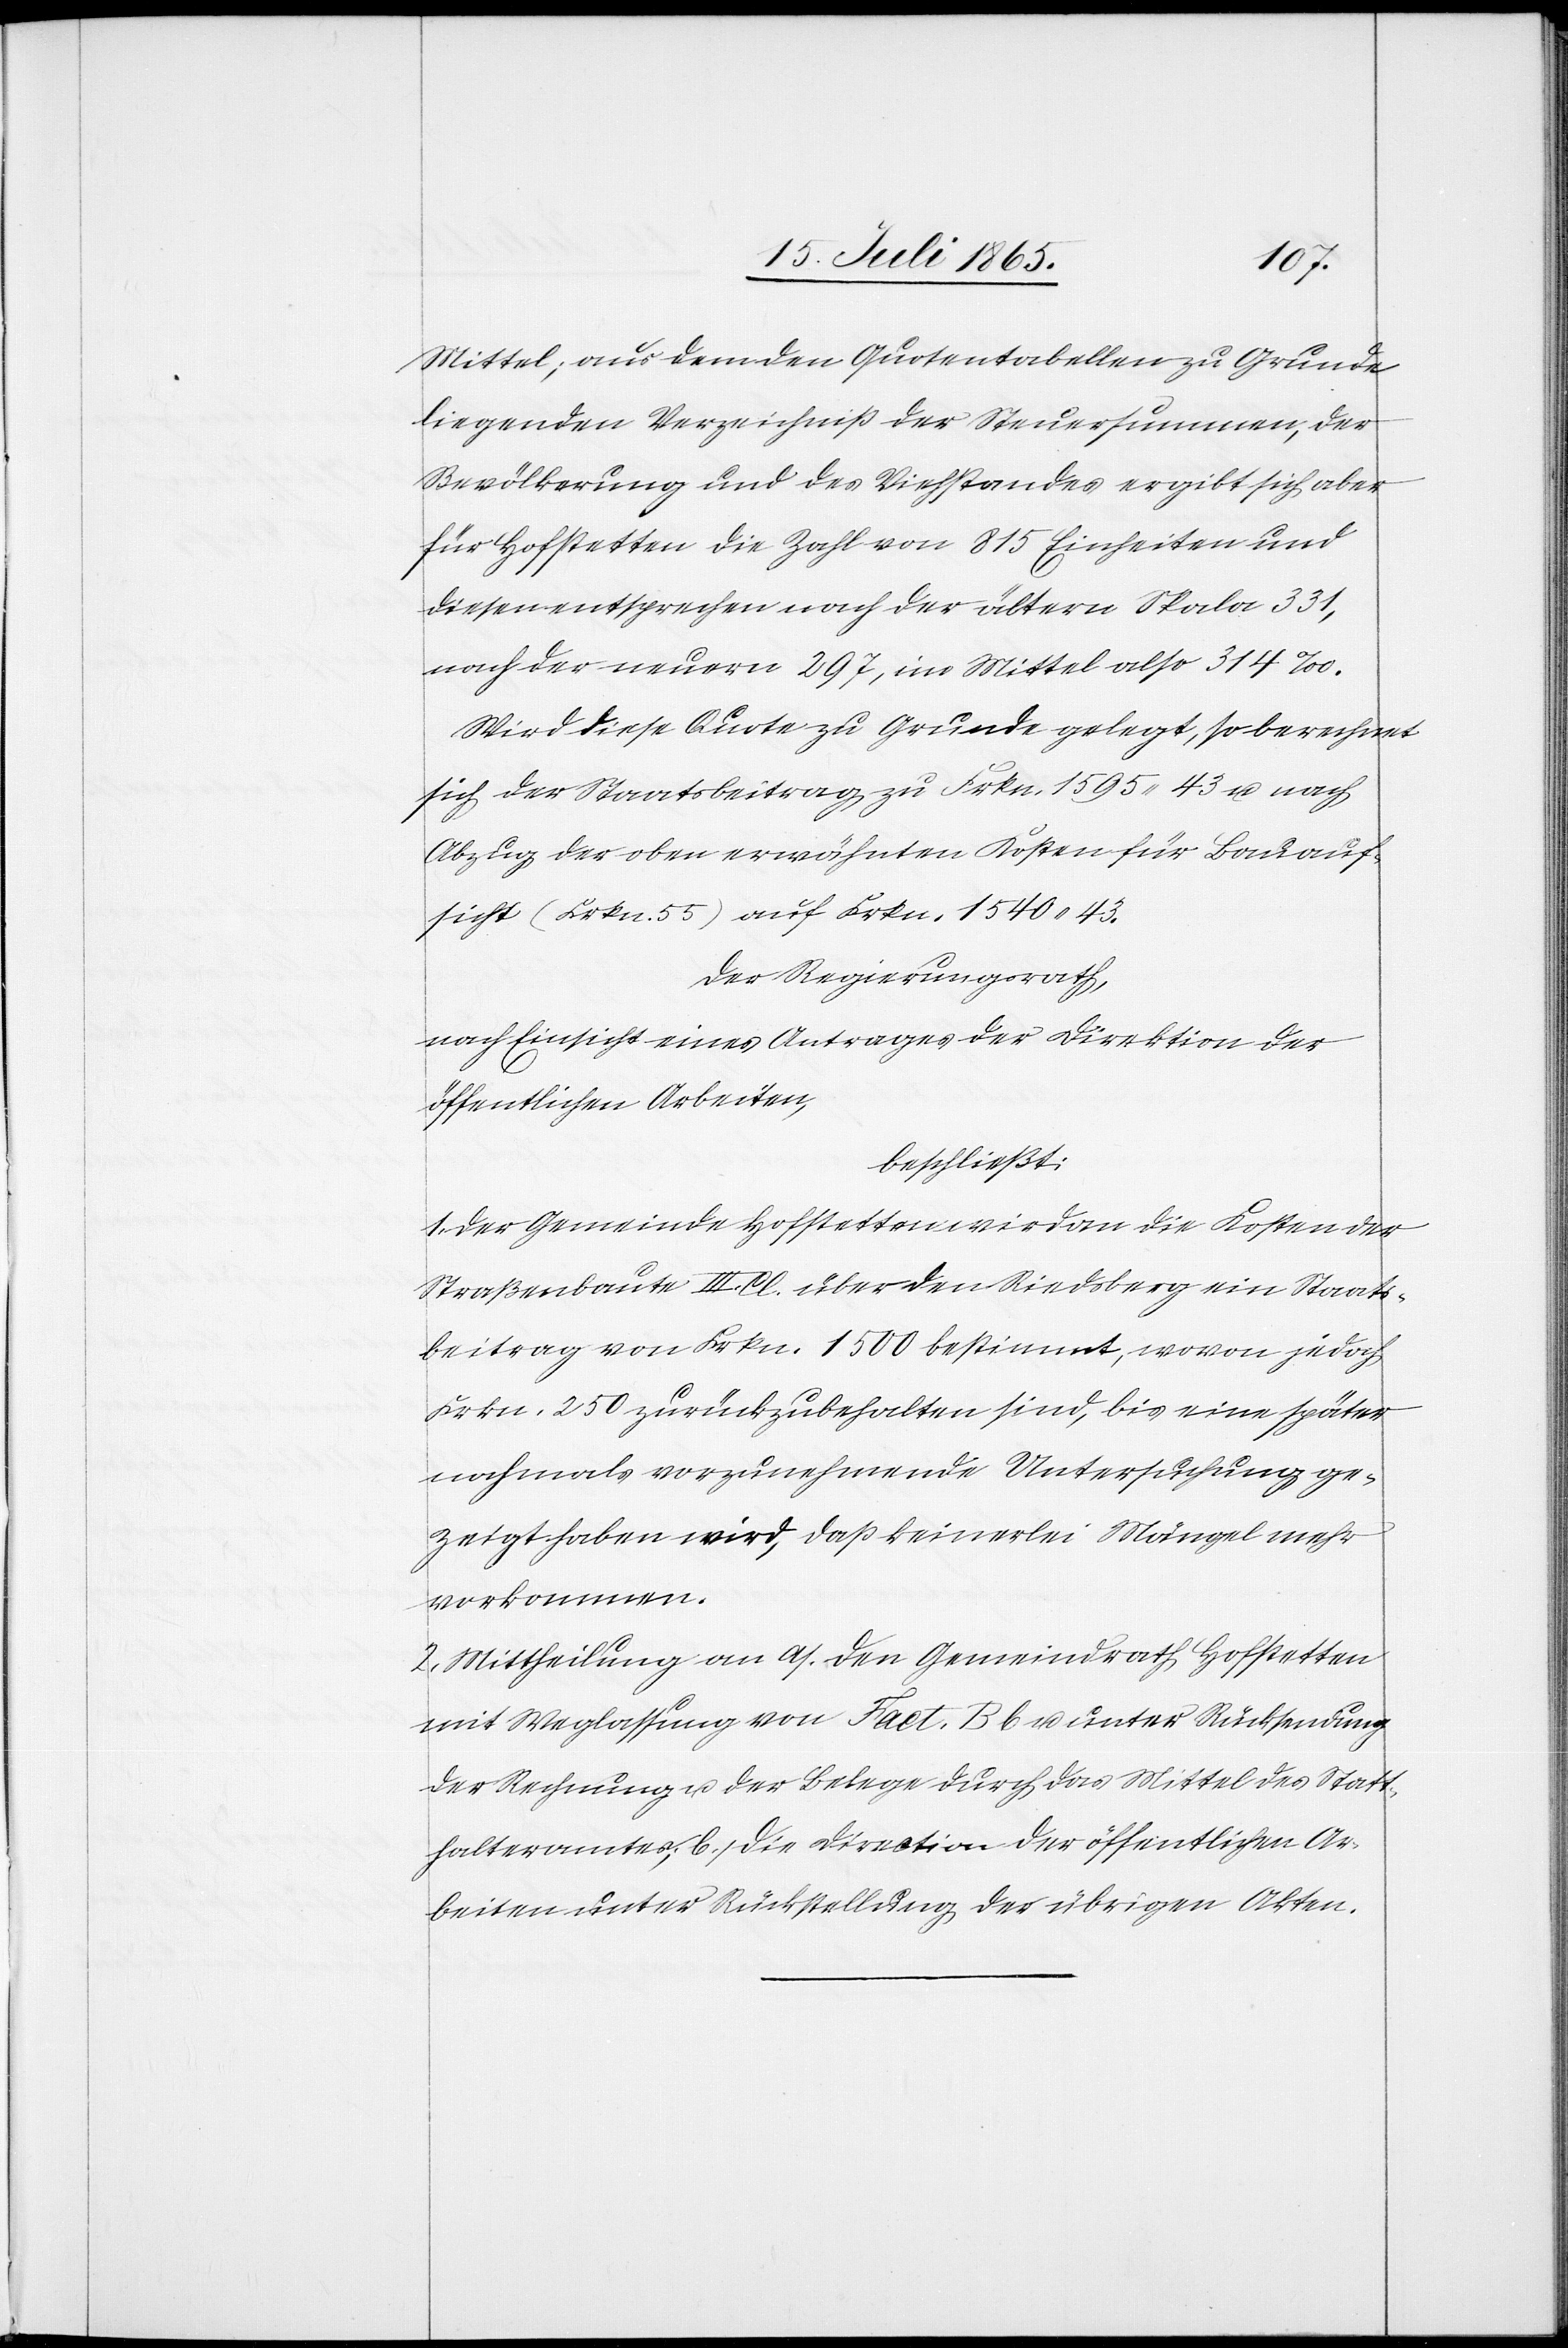
Mittel; aus dem den Quotentabellen zu Grunde
liegenden Verzeichniß der Steuersummen, der
Bevölkerung und des Viehstandes ergibt sich aber
für Hofstetten die Zahl von 815 Einheiten und
diesen entsprechen nach der ältern Skala 331,
nach der neuern 297, im Mittel also 314 ‰.
Wird diese Quote zu Grunde gelegt, so berechnet
sich der Staatsbeitrag zu Frkn. 1595.43 u. nach
Abzug der oben erwähnten Kosten für Bauauf¬
sicht (Frkn. 55) auf Frkn. 1540.43.
Der Regierungsrath,
nach Einsicht eines Antrages der Direktion der
öffentlichen Arbeiten,
beschließt:
1. Der Gemeinde Hofstetten wird an die Kosten der
Straßenbaute III. Cl. über den Riedsberg ein Staats¬
beitrag von Frkn. 1500 bestimmt, wovon jedoch
Frkn. 250 zurückzubehalten sind, bis eine später
nochmals vorzunehmende Untersuchung ge¬
zeigt haben wird, das keinerlei Mängel mehr
vorkommen.
2. Mittheilung an a. den Gemeindrath Hofstetten
mit Weglassung von Fact. B b u. unter Rücksendung
der Rechnung u. der Belege durch das Mittel des Statt¬
halteramtes, b. die Direction der öffentlichen Ar¬
beiten unter Rückstellung der übrigen Akten.